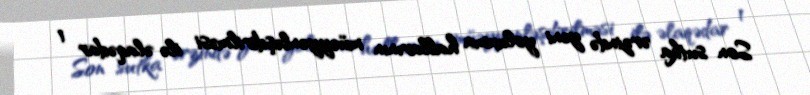
Son sutka ərzində yeni yoluxma hallarının müəyyənləşdirilməsi ilə əlaqədar 1